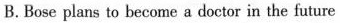
B. Bose plans to become a doctor in the future